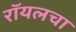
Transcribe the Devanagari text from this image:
रॉयलचा